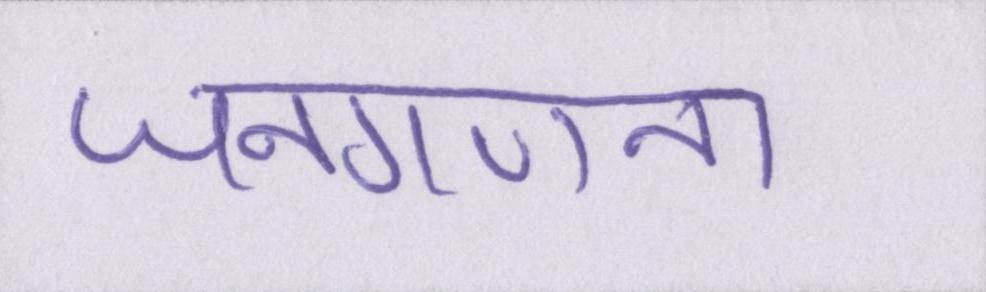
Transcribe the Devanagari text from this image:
जनगणना